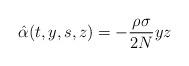
LaTeX: \begin{align*} \hat{\alpha}(t,y,s,z)=-\frac{\rho\sigma}{2 N}y z\end{align*}